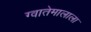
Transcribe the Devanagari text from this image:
ग्वातेमालाला